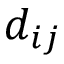
d _ { i j }